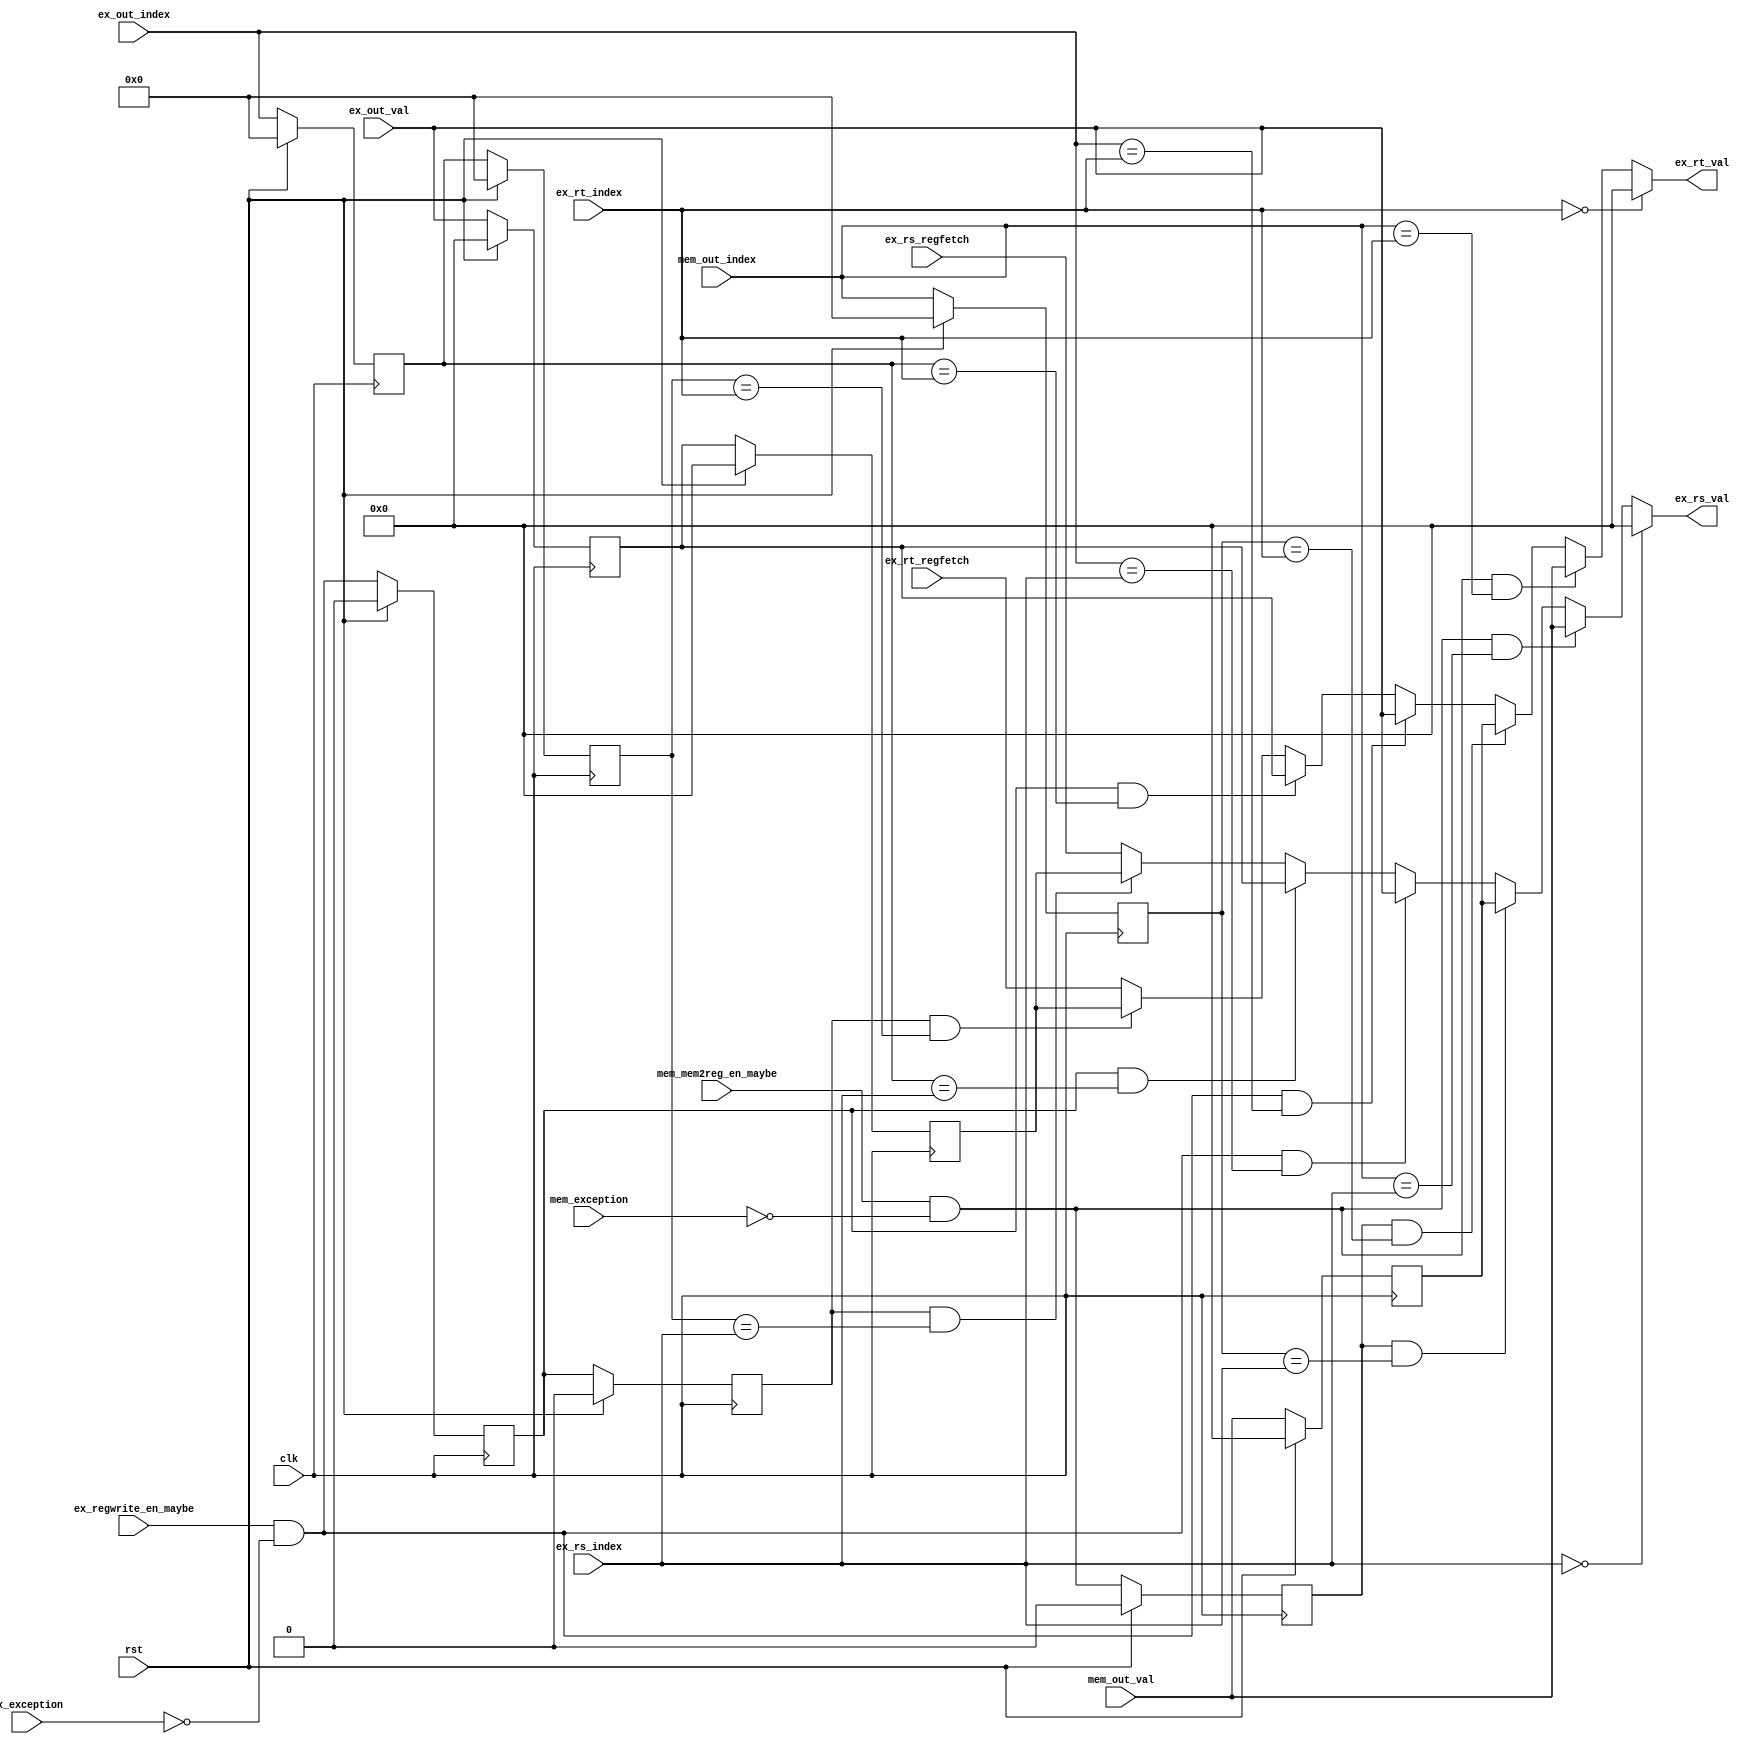
module forward(
    clk, rst,
    ex_out_index, ex_regwrite_en_maybe, ex_out_val, ex_exception,
    mem_out_index, mem_mem2reg_en_maybe, mem_out_val, mem_exception,
    ex_rs_index, ex_rs_regfetch, ex_rs_val,
    ex_rt_index, ex_rt_regfetch, ex_rt_val
);

input wire clk, rst;

// EX stage output
input wire [4:0] ex_out_index;
input wire ex_regwrite_en_maybe;
input wire [31:0] ex_out_val;
input wire [7:0] ex_exception;

assign ex_regwrite_en = ex_regwrite_en_maybe && (ex_exception == 0);

// EX stage hold
reg [4:0] ex_out_index_hold[0:1];
reg ex_regwrite_en_hold[0:1];
reg [31:0] ex_out_val_hold[0:1];

// MEM stage output
input wire [4:0] mem_out_index;
input wire mem_mem2reg_en_maybe;
input wire [31:0] mem_out_val;
input wire [7:0] mem_exception;

assign mem_mem2reg_en = mem_mem2reg_en_maybe && (mem_exception == 0);

// MEM stage hold
reg [4:0] mem_out_index_hold;
reg mem_mem2reg_en_hold;
reg [31:0] mem_out_val_hold;

// ID stage output
input wire [4:0] ex_rs_index, ex_rt_index;
input wire [31:0] ex_rs_regfetch, ex_rt_regfetch;

// Usable by EX stage
output wire [31:0] ex_rs_val, ex_rt_val;

assign ex_rs_fwd_n = ex_regwrite_en && (ex_out_index == ex_rs_index);
assign ex_rt_fwd_n = ex_regwrite_en && (ex_out_index == ex_rt_index);

assign ex_rs_fwd_h0 = ex_regwrite_en_hold[0] && (ex_out_index_hold[0] == ex_rs_index);
assign ex_rt_fwd_h0 = ex_regwrite_en_hold[0] && (ex_out_index_hold[0] == ex_rt_index);

assign ex_rs_fwd_h1 = ex_regwrite_en_hold[1] && (ex_out_index_hold[1] == ex_rs_index);
assign ex_rt_fwd_h1 = ex_regwrite_en_hold[1] && (ex_out_index_hold[1] == ex_rt_index);

assign mem_rs_fwd_n = mem_mem2reg_en && (mem_out_index == ex_rs_index);
assign mem_rt_fwd_n = mem_mem2reg_en && (mem_out_index == ex_rt_index);

assign mem_rs_fwd_h0 = mem_mem2reg_en_hold && (mem_out_index_hold == ex_rs_index);
assign mem_rt_fwd_h0 = mem_mem2reg_en_hold && (mem_out_index_hold == ex_rt_index);

wire [31:0]
    ex_rs_val_memfwd_h0, ex_rt_val_memfwd_h0,
    ex_rs_val_memfwd_n, ex_rt_val_memfwd_n,
    ex_rs_val_exfwd_h1, ex_rt_val_exfwd_h1,
    ex_rs_val_exfwd_h0, ex_rt_val_exfwd_h0,
    ex_rs_val_exfwd_n, ex_rt_val_exfwd_n;

// mem2reg has a higher priority than ex_regwrite, since ex_regwrite is also enabled when
// the operation is actually a memory load.

assign ex_rs_val_exfwd_h1 = ex_rs_fwd_h1 ? ex_out_val_hold[1] : ex_rs_regfetch;
assign ex_rt_val_exfwd_h1 = ex_rt_fwd_h1 ? ex_out_val_hold[1] : ex_rt_regfetch;

assign ex_rs_val_exfwd_h0 = ex_rs_fwd_h0 ? ex_out_val_hold[0] : ex_rs_val_exfwd_h1;
assign ex_rt_val_exfwd_h0 = ex_rt_fwd_h0 ? ex_out_val_hold[0] : ex_rt_val_exfwd_h1;

assign ex_rs_val_exfwd_n = ex_rs_fwd_n ? ex_out_val : ex_rs_val_exfwd_h0;
assign ex_rt_val_exfwd_n = ex_rt_fwd_n ? ex_out_val : ex_rt_val_exfwd_h0;

assign ex_rs_val_memfwd_h0 = mem_rs_fwd_h0 ? mem_out_val_hold : ex_rs_val_exfwd_n;
assign ex_rt_val_memfwd_h0 = mem_rt_fwd_h0 ? mem_out_val_hold : ex_rt_val_exfwd_n;

assign ex_rs_val_memfwd_n = mem_rs_fwd_n ? mem_out_val : ex_rs_val_memfwd_h0;
assign ex_rt_val_memfwd_n = mem_rt_fwd_n ? mem_out_val : ex_rt_val_memfwd_h0;

assign ex_rs_val = (ex_rs_index == 0) ? 0 : ex_rs_val_memfwd_n;
assign ex_rt_val = (ex_rt_index == 0) ? 0 : ex_rt_val_memfwd_n;

always @ (posedge clk) begin
    if(rst) begin
        ex_out_index_hold[0] <= 0;
        ex_out_index_hold[1] <= 0;
        ex_regwrite_en_hold[0] <= 0;
        ex_regwrite_en_hold[1] <= 0;
        ex_out_val_hold[0] <= 0;
        ex_out_val_hold[1] <= 0;

        mem_out_index_hold <= 0;
        mem_mem2reg_en_hold <= 0;
        mem_out_val_hold <= 0;
    end else begin
        ex_out_index_hold[0] <= ex_out_index;
        ex_out_index_hold[1] <= ex_out_index_hold[0];
        ex_regwrite_en_hold[0] <= ex_regwrite_en;
        ex_regwrite_en_hold[1] <= ex_regwrite_en_hold[0];
        ex_out_val_hold[0] <= ex_out_val;
        ex_out_val_hold[1] <= ex_out_val_hold[0];

        mem_out_index_hold <= mem_out_index;
        mem_mem2reg_en_hold <= mem_mem2reg_en;
        mem_out_val_hold <= mem_out_val;

        $display("FORWARD t=%0d rs=0x%0x rs_val=0x%0x rs_fetch=0x%0x rt=0x%0x rt_val=0x%0x rt_fetch=0x%0x", $time, ex_rs_index, ex_rs_val, ex_rs_regfetch, ex_rt_index, ex_rt_val, ex_rt_regfetch);
        $display("\tex_out_index=0x%x 0x%x 0x%x", ex_out_index, ex_out_index_hold[0], ex_out_index_hold[1]);
        $display("\tex_regwrite_en=0x%x 0x%x 0x%x", ex_regwrite_en, ex_regwrite_en_hold[0], ex_regwrite_en_hold[1]);
        $display("\tex_out_val=0x%x 0x%x 0x%x", ex_out_val, ex_out_val_hold[0], ex_out_val_hold[1]);
    end
end

endmodule